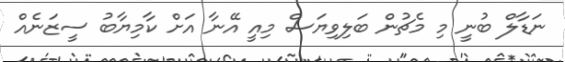
ނަޑާލް ބުނީ މި މެޗުން ބަލިވިޔަސް މިއީ އޭނާ އަށް ކާމިޔާބު ސީޒަނެއް